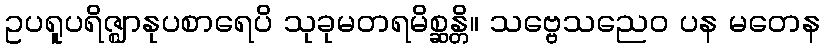
ဥပရူပရိဇ္ဈာနုပစာရေပိ သုခုမတရမိစ္ဆန္တိ။ သဗ္ဗေသညေဝ ပန မတေန